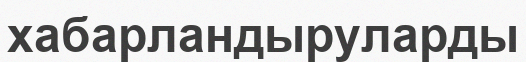
хабарландыруларды